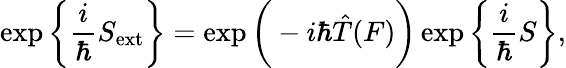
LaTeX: \exp\bigg\{ \frac{i}{\hbar}S_{\mathrm{ext}}\bigg\} =\exp\bigg(-i\hbar\hat{T}(F)\bigg)\exp\bigg\{ \frac{i}{\hbar}S\bigg\} ,